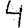
Digit: 4